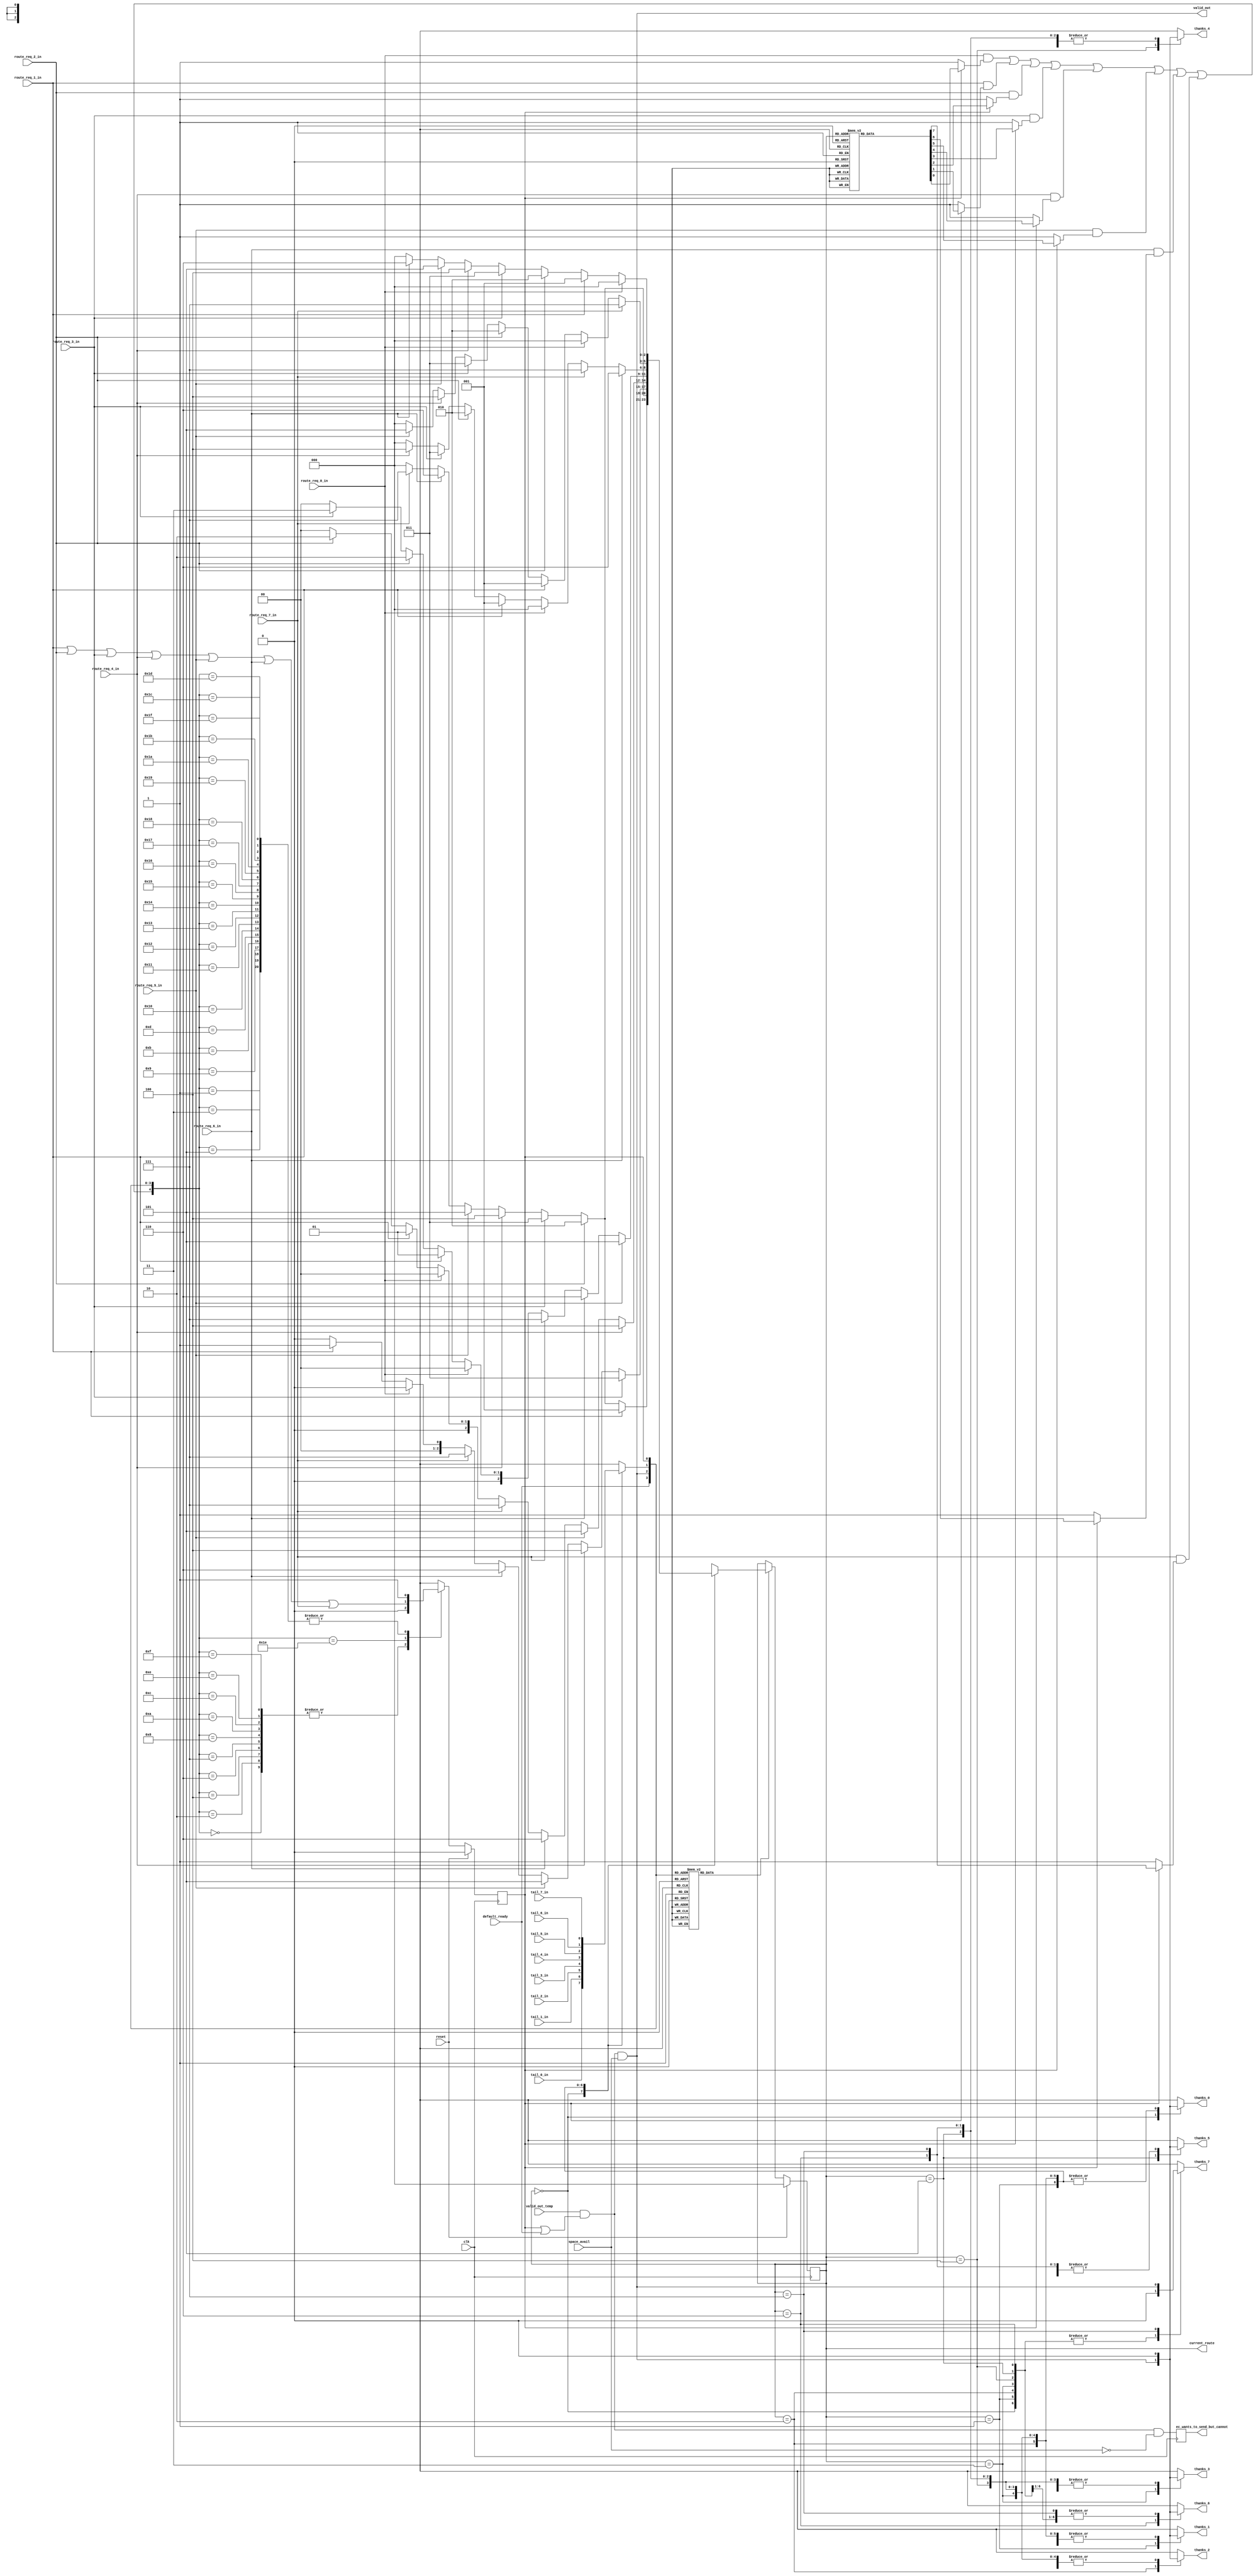
module io_xbar_output_control(thanks_0, thanks_1, thanks_2, thanks_3, thanks_4, thanks_5, thanks_6, thanks_7, 
                              valid_out, current_route, ec_wants_to_send_but_cannot, clk, reset, 
                              route_req_0_in, route_req_1_in, route_req_2_in, route_req_3_in, route_req_4_in, route_req_5_in, route_req_6_in, route_req_7_in, 
                              tail_0_in, tail_1_in, tail_2_in, tail_3_in, tail_4_in, tail_5_in, tail_6_in, tail_7_in, 
                              valid_out_temp, default_ready, space_avail);
// begin port declarations
output thanks_0;
output thanks_1;
output thanks_2;
output thanks_3;
output thanks_4;
output thanks_5;
output thanks_6;
output thanks_7;

output valid_out;

output [2:0] current_route;
output    ec_wants_to_send_but_cannot;

input clk;
input reset;

input route_req_0_in;
input route_req_1_in;
input route_req_2_in;
input route_req_3_in;
input route_req_4_in;
input route_req_5_in;
input route_req_6_in;
input route_req_7_in;

input tail_0_in;
input tail_1_in;
input tail_2_in;
input tail_3_in;
input tail_4_in;
input tail_5_in;
input tail_6_in;
input tail_7_in;

input valid_out_temp;

input default_ready;

input space_avail;

// end port declarations

`define IO_XBAR_ROUTE_0 3'b000
`define IO_XBAR_ROUTE_1 3'b001
`define IO_XBAR_ROUTE_2 3'b010
`define IO_XBAR_ROUTE_3 3'b011
`define IO_XBAR_ROUTE_4 3'b100
`define IO_XBAR_ROUTE_5 3'b101
`define IO_XBAR_ROUTE_6 3'b110
`define IO_XBAR_ROUTE_7 3'b111

//This is the state
reg [2:0]current_route_f;
reg planned_f;

//inputs to the state
wire [2:0] current_route_temp;

//wires
wire planned_or_default;
// wire route_req_all_or;
wire route_req_all_or_with_planned;
wire route_req_all_but_default;
wire valid_out_internal;

//wire regs
reg new_route_needed;
reg planned_temp;
reg [2:0] new_route;
reg tail_current_route;
/*reg route_req_planned;*/
reg route_req_0_mask;
reg route_req_1_mask;
reg route_req_2_mask;
reg route_req_3_mask;
reg route_req_4_mask;
reg route_req_5_mask;
reg route_req_6_mask;
reg route_req_7_mask;


//more wire regs for the thanks lines
reg thanks_0;
reg thanks_1;
reg thanks_2;
reg thanks_3;
reg thanks_4;
reg thanks_5;
reg thanks_6;
reg thanks_7;

reg    ec_wants_to_send_but_cannot;

//assigns
assign planned_or_default = planned_f | default_ready;
assign valid_out_internal = valid_out_temp & planned_or_default & space_avail;

// mbt: if valid_out_interal is a critical path, we can use some "bleeder" gates to decrease the load of the ec stuff
always @(posedge clk)
  begin
     ec_wants_to_send_but_cannot <= valid_out_temp & planned_or_default & ~space_avail;
  end

/* assign route_req_all_or = route_req_a_in | route_req_b_in | route_req_c_in | route_req_d_in | route_req_x_in; */
assign current_route_temp = (new_route_needed) ? new_route : current_route_f;
assign current_route = current_route_f;
//this is everything except the currentl planned route's request

assign route_req_all_or_with_planned = (route_req_0_in & route_req_0_mask) | (route_req_1_in & route_req_1_mask) | (route_req_2_in & route_req_2_mask) | (route_req_3_in & route_req_3_mask) | (route_req_4_in & route_req_4_mask) | (route_req_5_in & route_req_5_mask) | (route_req_6_in & route_req_6_mask) | (route_req_7_in & route_req_7_mask);
//calculates whether the nib that we are going to has space

assign route_req_all_but_default = (route_req_1_in) | (route_req_2_in) | (route_req_3_in) | (route_req_4_in) | (route_req_5_in) | (route_req_6_in) | (route_req_7_in);

assign valid_out = valid_out_internal;

//instantiations
//space_avail space(.valid(valid_out_internal), .clk(clk), .reset(reset), .yummy(yummy_in), .spc_avail(space_avail));
//THIS HAS BEEN MOVED to dynamic_output_top

//a mux for current_route_f's tail bit

always @ (current_route_f or tail_0_in or tail_1_in or tail_2_in or tail_3_in or tail_4_in or tail_5_in or tail_6_in or tail_7_in)
begin
	case(current_route_f) //synopsys parallel_case
	
	`IO_XBAR_ROUTE_0:
	begin
		tail_current_route <= tail_0_in;
	end
	`IO_XBAR_ROUTE_1:
	begin
		tail_current_route <= tail_1_in;
	end
	`IO_XBAR_ROUTE_2:
	begin
		tail_current_route <= tail_2_in;
	end
	`IO_XBAR_ROUTE_3:
	begin
		tail_current_route <= tail_3_in;
	end
	`IO_XBAR_ROUTE_4:
	begin
		tail_current_route <= tail_4_in;
	end
	`IO_XBAR_ROUTE_5:
	begin
		tail_current_route <= tail_5_in;
	end
	`IO_XBAR_ROUTE_6:
	begin
		tail_current_route <= tail_6_in;
	end
	`IO_XBAR_ROUTE_7:
	begin
		tail_current_route <= tail_7_in;
	end

	default:
	begin
		tail_current_route <= 1'bx; //This is probably dangerous, but I
					    //really need the speed here and
					    //I don't want the synthesizer to
					    //mess me up if I put a real value
					    //here
	end
	endcase
end

always @ (current_route_f or valid_out_internal)
begin
	case(current_route_f)
	/*
	//original
	`ROUTE_A:
	begin
		thanks_a <= valid_out_internal;
		thanks_b <= 1'b0;
		thanks_c <= 1'b0;
		thanks_d <= 1'b0;
		thanks_x <= 1'b0;
	end
	*/
	
	`IO_XBAR_ROUTE_0:
	begin
		thanks_0 <= valid_out_internal;
		thanks_1 <= 1'b0;
		thanks_2 <= 1'b0;
		thanks_3 <= 1'b0;
		thanks_4 <= 1'b0;
		thanks_5 <= 1'b0;
		thanks_6 <= 1'b0;
		thanks_7 <= 1'b0;
	end
	`IO_XBAR_ROUTE_1:
	begin
		thanks_0 <= 1'b0;
		thanks_1 <= valid_out_internal;
		thanks_2 <= 1'b0;
		thanks_3 <= 1'b0;
		thanks_4 <= 1'b0;
		thanks_5 <= 1'b0;
		thanks_6 <= 1'b0;
		thanks_7 <= 1'b0;
	end
	`IO_XBAR_ROUTE_2:
	begin
		thanks_0 <= 1'b0;
		thanks_1 <= 1'b0;
		thanks_2 <= valid_out_internal;
		thanks_3 <= 1'b0;
		thanks_4 <= 1'b0;
		thanks_5 <= 1'b0;
		thanks_6 <= 1'b0;
		thanks_7 <= 1'b0;
	end
	`IO_XBAR_ROUTE_3:
	begin
		thanks_0 <= 1'b0;
		thanks_1 <= 1'b0;
		thanks_2 <= 1'b0;
		thanks_3 <= valid_out_internal;
		thanks_4 <= 1'b0;
		thanks_5 <= 1'b0;
		thanks_6 <= 1'b0;
		thanks_7 <= 1'b0;
	end
	`IO_XBAR_ROUTE_4:
	begin
		thanks_0 <= 1'b0;
		thanks_1 <= 1'b0;
		thanks_2 <= 1'b0;
		thanks_3 <= 1'b0;
		thanks_4 <= valid_out_internal;
		thanks_5 <= 1'b0;
		thanks_6 <= 1'b0;
		thanks_7 <= 1'b0;
	end
	`IO_XBAR_ROUTE_5:
	begin
		thanks_0 <= 1'b0;
		thanks_1 <= 1'b0;
		thanks_2 <= 1'b0;
		thanks_3 <= 1'b0;
		thanks_4 <= 1'b0;
		thanks_5 <= valid_out_internal;
		thanks_6 <= 1'b0;
		thanks_7 <= 1'b0;
	end
	`IO_XBAR_ROUTE_6:
	begin
		thanks_0 <= 1'b0;
		thanks_1 <= 1'b0;
		thanks_2 <= 1'b0;
		thanks_3 <= 1'b0;
		thanks_4 <= 1'b0;
		thanks_5 <= 1'b0;
		thanks_6 <= valid_out_internal;
		thanks_7 <= 1'b0;
	end
	`IO_XBAR_ROUTE_7:
	begin
		thanks_0 <= 1'b0;
		thanks_1 <= 1'b0;
		thanks_2 <= 1'b0;
		thanks_3 <= 1'b0;
		thanks_4 <= 1'b0;
		thanks_5 <= 1'b0;
		thanks_6 <= 1'b0;
		thanks_7 <= valid_out_internal;
	end

	default:
	begin
	
		thanks_0 <= 1'bx;
		thanks_1 <= 1'bx;
		thanks_2 <= 1'bx;
		thanks_3 <= 1'bx;
		thanks_4 <= 1'bx;
		thanks_5 <= 1'bx;
		thanks_6 <= 1'bx;
		thanks_7 <= 1'bx;

	/*
	//original
		thanks_a <= 1'bx;
		thanks_b <= 1'bx;
		thanks_c <= 1'bx;
		thanks_d <= 1'bx;
		thanks_x <= 1'bx;
	*/
					//once again this is very dangerous
					//but I want to see the timing this
					//way and we sould never get here
	end
	endcase
end

//this is the rotating priority encoder
/*
always @(current_route_f or route_req_a_in or route_req_b_in or route_req_c_in or route_req_d_in or route_req_x_in)
begin
	case(current_route_f)
	`ROUTE_A:
	begin
		new_route <= (route_req_b_in)?`ROUTE_B:((route_req_c_in)?`ROUTE_C:((route_req_d_in)?`ROUTE_D:((route_req_x_in)?`ROUTE_X:`ROUTE_A)));
	end
	`ROUTE_B:
	begin
		new_route <= (route_req_c_in)?`ROUTE_C:((route_req_d_in)?`ROUTE_D:((route_req_x_in)?`ROUTE_X:((route_req_a_in)?`ROUTE_A:((route_req_b_in)?`ROUTE_B:`ROUTE_A))));
	end
	`ROUTE_C:
	begin
		new_route <= (route_req_d_in)?`ROUTE_D:((route_req_x_in)?`ROUTE_X:((route_req_a_in)?`ROUTE_A:((route_req_b_in)?`ROUTE_B:((route_req_c_in)?`ROUTE_C:`ROUTE_A))));
	end
	`ROUTE_D:
	begin
		new_route <= (route_req_c_in)?`ROUTE_C:((route_req_d_in)?`ROUTE_D:((route_req_x_in)?`ROUTE_X:((route_req_a_in)?`ROUTE_A:((route_req_b_in)?`ROUTE_B:`ROUTE_A))));
	end
	`ROUTE_X:
	begin
		new_route <= (route_req_x_in)?`ROUTE_X:((route_req_a_in)?`ROUTE_A:((route_req_b_in)?`ROUTE_B:((route_req_c_in)?`ROUTE_C:((route_req_d_in)?`ROUTE_D:`ROUTE_A))));
	end
	default:
	begin
		new_route <= `ROUTE_A;
			//this one I am not willing to chince on
	end
	endcase
end
*/
//end the rotating priority encoder

//this is the rotating priority encoder
always @(current_route_f or route_req_0_in or route_req_1_in or route_req_2_in or route_req_3_in or route_req_4_in or route_req_5_in or route_req_6_in or route_req_7_in)
begin
	case(current_route_f)
	/*
	//original
	`ROUTE_A:
	begin
		new_route <= (route_req_b_in)?`ROUTE_B:((route_req_c_in)?`ROUTE_C:((route_req_d_in)?`ROUTE_D:((route_req_x_in)?`ROUTE_X:`ROUTE_A)));
	end
	*/
	
	`IO_XBAR_ROUTE_0:
	begin
		new_route <= (route_req_1_in)?`IO_XBAR_ROUTE_1:((route_req_2_in)?`IO_XBAR_ROUTE_2:((route_req_3_in)?`IO_XBAR_ROUTE_3:((route_req_4_in)?`IO_XBAR_ROUTE_4:((route_req_5_in)?`IO_XBAR_ROUTE_5:((route_req_6_in)?`IO_XBAR_ROUTE_6:((route_req_7_in)?`IO_XBAR_ROUTE_7:`IO_XBAR_ROUTE_0))))));
	end
	`IO_XBAR_ROUTE_1:
	begin
		new_route <= (route_req_2_in)?`IO_XBAR_ROUTE_2:((route_req_3_in)?`IO_XBAR_ROUTE_3:((route_req_4_in)?`IO_XBAR_ROUTE_4:((route_req_5_in)?`IO_XBAR_ROUTE_5:((route_req_6_in)?`IO_XBAR_ROUTE_6:((route_req_7_in)?`IO_XBAR_ROUTE_7:((route_req_0_in)?`IO_XBAR_ROUTE_0:`IO_XBAR_ROUTE_0))))));
	end
	`IO_XBAR_ROUTE_2:
	begin
		new_route <= (route_req_3_in)?`IO_XBAR_ROUTE_3:((route_req_4_in)?`IO_XBAR_ROUTE_4:((route_req_5_in)?`IO_XBAR_ROUTE_5:((route_req_6_in)?`IO_XBAR_ROUTE_6:((route_req_7_in)?`IO_XBAR_ROUTE_7:((route_req_0_in)?`IO_XBAR_ROUTE_0:((route_req_1_in)?`IO_XBAR_ROUTE_1:`IO_XBAR_ROUTE_0))))));
	end
	`IO_XBAR_ROUTE_3:
	begin
		new_route <= (route_req_4_in)?`IO_XBAR_ROUTE_4:((route_req_5_in)?`IO_XBAR_ROUTE_5:((route_req_6_in)?`IO_XBAR_ROUTE_6:((route_req_7_in)?`IO_XBAR_ROUTE_7:((route_req_0_in)?`IO_XBAR_ROUTE_0:((route_req_1_in)?`IO_XBAR_ROUTE_1:((route_req_2_in)?`IO_XBAR_ROUTE_2:`IO_XBAR_ROUTE_0))))));
	end
	`IO_XBAR_ROUTE_4:
	begin
		new_route <= (route_req_5_in)?`IO_XBAR_ROUTE_5:((route_req_6_in)?`IO_XBAR_ROUTE_6:((route_req_7_in)?`IO_XBAR_ROUTE_7:((route_req_0_in)?`IO_XBAR_ROUTE_0:((route_req_1_in)?`IO_XBAR_ROUTE_1:((route_req_2_in)?`IO_XBAR_ROUTE_2:((route_req_3_in)?`IO_XBAR_ROUTE_3:`IO_XBAR_ROUTE_0))))));
	end
	`IO_XBAR_ROUTE_5:
	begin
		new_route <= (route_req_6_in)?`IO_XBAR_ROUTE_6:((route_req_7_in)?`IO_XBAR_ROUTE_7:((route_req_0_in)?`IO_XBAR_ROUTE_0:((route_req_1_in)?`IO_XBAR_ROUTE_1:((route_req_2_in)?`IO_XBAR_ROUTE_2:((route_req_3_in)?`IO_XBAR_ROUTE_3:((route_req_4_in)?`IO_XBAR_ROUTE_4:`IO_XBAR_ROUTE_0))))));
	end
	`IO_XBAR_ROUTE_6:
	begin
		new_route <= (route_req_7_in)?`IO_XBAR_ROUTE_7:((route_req_0_in)?`IO_XBAR_ROUTE_0:((route_req_1_in)?`IO_XBAR_ROUTE_1:((route_req_2_in)?`IO_XBAR_ROUTE_2:((route_req_3_in)?`IO_XBAR_ROUTE_3:((route_req_4_in)?`IO_XBAR_ROUTE_4:((route_req_5_in)?`IO_XBAR_ROUTE_5:`IO_XBAR_ROUTE_0))))));
	end
	`IO_XBAR_ROUTE_7:
	begin
		new_route <= (route_req_0_in)?`IO_XBAR_ROUTE_0:((route_req_1_in)?`IO_XBAR_ROUTE_1:((route_req_2_in)?`IO_XBAR_ROUTE_2:((route_req_3_in)?`IO_XBAR_ROUTE_3:((route_req_4_in)?`IO_XBAR_ROUTE_4:((route_req_5_in)?`IO_XBAR_ROUTE_5:((route_req_6_in)?`IO_XBAR_ROUTE_6:`IO_XBAR_ROUTE_0))))));
	end

	default:
	begin
		new_route <= `IO_XBAR_ROUTE_0;
			//this one I am not willing to chince on
	end
	endcase
end
//end the rotating priority encoder

always @(current_route_f or planned_f)
begin
	if(planned_f)
	begin
		case(current_route_f)
		
		`IO_XBAR_ROUTE_0:
			begin
				route_req_0_mask <= 1'b0;
				route_req_1_mask <= 1'b1;
				route_req_2_mask <= 1'b1;
				route_req_3_mask <= 1'b1;
				route_req_4_mask <= 1'b1;
				route_req_5_mask <= 1'b1;
				route_req_6_mask <= 1'b1;
				route_req_7_mask <= 1'b1;
			end
		`IO_XBAR_ROUTE_1:
			begin
				route_req_0_mask <= 1'b1;
				route_req_1_mask <= 1'b0;
				route_req_2_mask <= 1'b1;
				route_req_3_mask <= 1'b1;
				route_req_4_mask <= 1'b1;
				route_req_5_mask <= 1'b1;
				route_req_6_mask <= 1'b1;
				route_req_7_mask <= 1'b1;
			end
		`IO_XBAR_ROUTE_2:
			begin
				route_req_0_mask <= 1'b1;
				route_req_1_mask <= 1'b1;
				route_req_2_mask <= 1'b0;
				route_req_3_mask <= 1'b1;
				route_req_4_mask <= 1'b1;
				route_req_5_mask <= 1'b1;
				route_req_6_mask <= 1'b1;
				route_req_7_mask <= 1'b1;
			end
		`IO_XBAR_ROUTE_3:
			begin
				route_req_0_mask <= 1'b1;
				route_req_1_mask <= 1'b1;
				route_req_2_mask <= 1'b1;
				route_req_3_mask <= 1'b0;
				route_req_4_mask <= 1'b1;
				route_req_5_mask <= 1'b1;
				route_req_6_mask <= 1'b1;
				route_req_7_mask <= 1'b1;
			end
		`IO_XBAR_ROUTE_4:
			begin
				route_req_0_mask <= 1'b1;
				route_req_1_mask <= 1'b1;
				route_req_2_mask <= 1'b1;
				route_req_3_mask <= 1'b1;
				route_req_4_mask <= 1'b0;
				route_req_5_mask <= 1'b1;
				route_req_6_mask <= 1'b1;
				route_req_7_mask <= 1'b1;
			end
		`IO_XBAR_ROUTE_5:
			begin
				route_req_0_mask <= 1'b1;
				route_req_1_mask <= 1'b1;
				route_req_2_mask <= 1'b1;
				route_req_3_mask <= 1'b1;
				route_req_4_mask <= 1'b1;
				route_req_5_mask <= 1'b0;
				route_req_6_mask <= 1'b1;
				route_req_7_mask <= 1'b1;
			end
		`IO_XBAR_ROUTE_6:
			begin
				route_req_0_mask <= 1'b1;
				route_req_1_mask <= 1'b1;
				route_req_2_mask <= 1'b1;
				route_req_3_mask <= 1'b1;
				route_req_4_mask <= 1'b1;
				route_req_5_mask <= 1'b1;
				route_req_6_mask <= 1'b0;
				route_req_7_mask <= 1'b1;
			end
		`IO_XBAR_ROUTE_7:
			begin
				route_req_0_mask <= 1'b1;
				route_req_1_mask <= 1'b1;
				route_req_2_mask <= 1'b1;
				route_req_3_mask <= 1'b1;
				route_req_4_mask <= 1'b1;
				route_req_5_mask <= 1'b1;
				route_req_6_mask <= 1'b1;
				route_req_7_mask <= 1'b0;
			end
		default:
			begin
				route_req_0_mask <= 1'b1;
				route_req_1_mask <= 1'b1;
				route_req_2_mask <= 1'b1;
				route_req_3_mask <= 1'b1;
				route_req_4_mask <= 1'b1;
				route_req_5_mask <= 1'b1;
				route_req_6_mask <= 1'b1;
				route_req_7_mask <= 1'b1;
			end

		/*
		original
		`ROUTE_A:	
			begin
				route_req_a_mask <= 1'b0;
				route_req_b_mask <= 1'b1;
				route_req_c_mask <= 1'b1;
				route_req_d_mask <= 1'b1;
				route_req_x_mask <= 1'b1;
			end
		default:
			begin
				route_req_a_mask <= 1'b1;
				route_req_b_mask <= 1'b1;
				route_req_c_mask <= 1'b1;
				route_req_d_mask <= 1'b1;
				route_req_x_mask <= 1'b1;
			end
		*/
		endcase
	end
	else
	begin
	
		route_req_0_mask <= 1'b1;
		route_req_1_mask <= 1'b1;
		route_req_2_mask <= 1'b1;
		route_req_3_mask <= 1'b1;
		route_req_4_mask <= 1'b1;
		route_req_5_mask <= 1'b1;
		route_req_6_mask <= 1'b1;
		route_req_7_mask <= 1'b1;

	/*
	//original
		route_req_a_mask <= 1'b1;
		route_req_b_mask <= 1'b1;
		route_req_c_mask <= 1'b1;
		route_req_d_mask <= 1'b1;
		route_req_x_mask <= 1'b1;
	*/
	end
end

//calculation of new_route_needed
always @ (planned_f or tail_current_route or valid_out_internal or default_ready)
begin
	case({default_ready, valid_out_internal, tail_current_route, planned_f}) //synopsys parallel_case
	4'b0000:	new_route_needed <= 1'b1;
	4'b0001:	new_route_needed <= 1'b0;
	4'b0010:	new_route_needed <= 1'b1;
	4'b0011:	new_route_needed <= 1'b0;
	4'b0100:	new_route_needed <= 1'b0;	//This line should probably be turned to a 1 if we are to implement "Mikes fairness" schema
	4'b0101:	new_route_needed <= 1'b0;	//This line should probably be turned to a 1 if we are to implement "Mikes fairness" schema
	4'b0110:	new_route_needed <= 1'b1;
	4'b0111:	new_route_needed <= 1'b1;

	4'b1000:	new_route_needed <= 1'b1;
	4'b1001:	new_route_needed <= 1'b0;
//	4'b1010:	new_route_needed <= 1'b0;	//this is scary CHECK THIS BEFORE CHIP SHIPS
	4'b1010:	new_route_needed <= 1'b1;	//this is the case where there is a zero length message on the default route that is not being sent this cycle therefore we should let something be locked in, but it doesn't necessarily just the default route.  Remember that the default route is the last choice in the priority encoder, but if nothing else is requesting, the default route will be planned and locked in.
    //yanqiz change from 0->1
	4'b1011:	new_route_needed <= 1'b0;
	4'b1100:	new_route_needed <= 1'b0;
	4'b1101:	new_route_needed <= 1'b0;
	4'b1110:	new_route_needed <= 1'b1;
	4'b1111:	new_route_needed <= 1'b1;
	default:	new_route_needed <= 1'b1;
			//safest choice should never occur
	endcase
end

//calculation of planned_temp
//random five input function
always @ (planned_f or tail_current_route or valid_out_internal or default_ready or route_req_all_or_with_planned or route_req_all_but_default)
begin
	case({route_req_all_or_with_planned, default_ready, valid_out_internal, tail_current_route, planned_f}) //synopsys parallel_case
	5'b00000:	planned_temp <= 1'b0;
	5'b00001:	planned_temp <= 1'b1;
	5'b00010:	planned_temp <= 1'b0;
	5'b00011:	planned_temp <= 1'b1;
	5'b00100:	planned_temp <= 1'b0;	//error what did we just send
	5'b00101:	planned_temp <= 1'b1;
	5'b00110:	planned_temp <= 1'b0;	//error
	5'b00111:	planned_temp <= 1'b0;

	5'b01000:	planned_temp <= 1'b0;	//error
	5'b01001:	planned_temp <= 1'b1;
	5'b01010:	planned_temp <= 1'b0;	//This actually cannot happen
	5'b01011:	planned_temp <= 1'b1;
	5'b01100:	planned_temp <= 1'b0;	//What did we just send?
	5'b01101:	planned_temp <= 1'b1;
	5'b01110:	planned_temp <= 1'b0;	//error
	5'b01111:	planned_temp <= 1'b0;	//The default route is
						//currently planned but
						//is ending this cycle
						//and nobody else wants to go
						//This is a delayed zero length
						//message on the through route
	5'b10000:	planned_temp <= 1'b1;
	5'b10001:	planned_temp <= 1'b1;
	5'b10010:	planned_temp <= 1'b1;
	5'b10011:	planned_temp <= 1'b1;
	5'b10100:	planned_temp <= 1'b1;
	5'b10101:	planned_temp <= 1'b1;
	5'b10110:	planned_temp <= 1'b1;
	5'b10111:	planned_temp <= 1'b1;
	5'b11000:	planned_temp <= 1'b1;
	5'b11001:	planned_temp <= 1'b1;
	5'b11010:	planned_temp <= 1'b1;
	5'b11011:	planned_temp <= 1'b1;
	5'b11100:	planned_temp <= 1'b1;
	5'b11101:	planned_temp <= 1'b1;
//	5'b11110:	planned_temp <= 1'b0;	//This is wrong becasue if
						//there is a default
						//route zero length message
						//that is being sent and
						//somebody else wants to send
						//on the next cycle
	5'b11110:	planned_temp <= route_req_all_but_default;
	5'b11111:	planned_temp <= 1'b1;
	default:	planned_temp <= 1'b0;
	endcase
end

//take care of syncrhonous stuff
always @(posedge clk)
begin
	if(reset)
	begin
		current_route_f <= 3'd0;
		planned_f <= 1'd0;
	end
	else
	begin
		current_route_f <= current_route_temp;
		planned_f <= planned_temp;
	end
end

endmodule